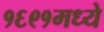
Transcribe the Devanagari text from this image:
१६९१मध्ये